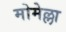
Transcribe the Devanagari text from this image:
मोमेल्ला